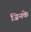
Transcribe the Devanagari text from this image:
जिनके